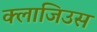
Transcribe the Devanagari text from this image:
क्लाजिउस